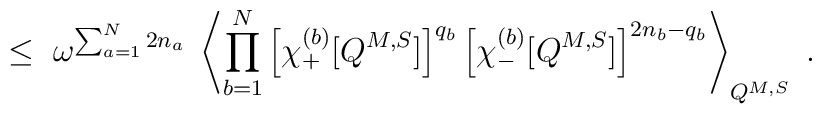
\leq \;\omega^{\sum_{a=1}^N 2 n_a} \; \left\langle \prod_{b=1}^N\left[\chi^{(b)}_+ [ Q^{M,S} ] \right]^{q_b}\left[\chi^{(b)}_- [ Q^{M,S} ] \right]^{2n_b-q_b}\right\rangle_{Q^{M,S}} \; .